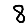
Digit: 8